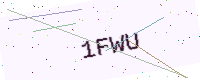
Text: 1FWU